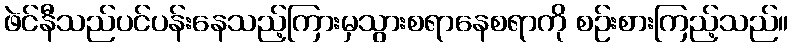
ဖဲင်နီသည်ပင်ပန်းနေသည့်ကြားမှသွားစရာနေစရာကို စဉ်းစားကြည့်သည်။